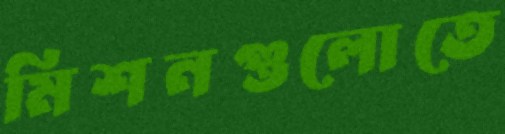
মিশনগুলোতে